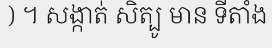
) ។ សង្កាត់ សិត្បូ មាន ទីតាំង